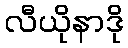
လီယိုနာဒို